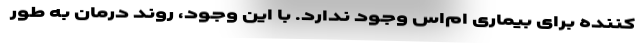
کننده برای بیماری ام‌اس وجود ندارد. با این وجود، روند درمان به طور